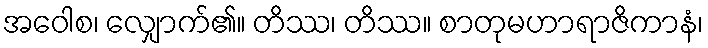
အဝေါစ၊ လျှောက်၏။ တိဿ၊ တိဿ။ စာတုမဟာရာဇိကာနံ၊